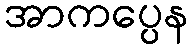
အာကပ္ပေန